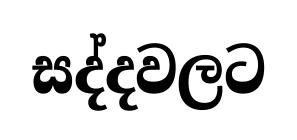
සද්දවලට